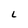
Character: L